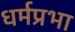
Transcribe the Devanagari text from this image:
धर्मप्रभा